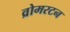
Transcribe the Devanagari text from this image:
व्रोमरटन